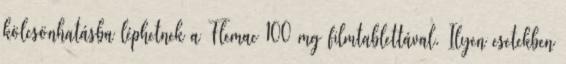
kölcsönhatásba léphetnek a Flemac 100 mg filmtablettával. Ilyen esetekben